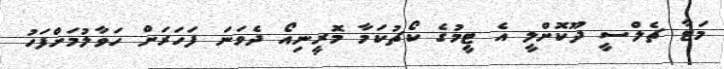
މަޓާ ޗެލްސީ ދޫކޮށްލީ އެ ޓީމުގެ ކޯޗުކަމާ މޮރީނިއޯ ދެވަނަ ފަހަރަށް ހަވާލުމަށްފަހު